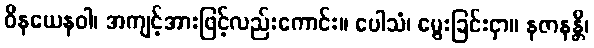
ဝိနယေနဝါ၊ အကျင့်အားဖြင့်လည်းကောင်း။ ပေါသံ၊ မွေးခြင်းငှာ။ နဇာနန္တိ၊